Report on vaccination in Madras 1895-1903 - 1895-1903
Year: 1895
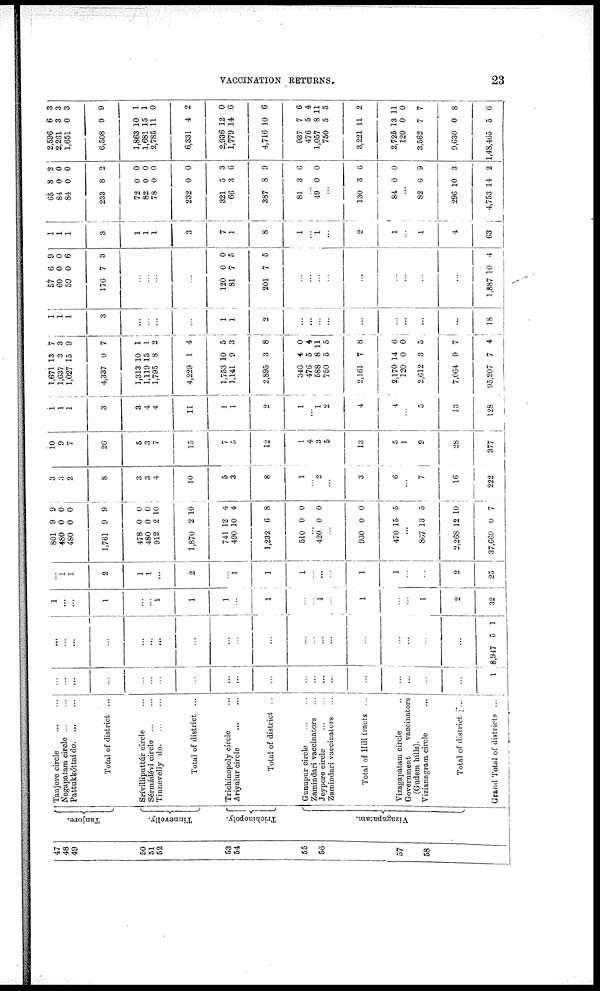
VACCINATION RETURNS.
23
47
48
49
50
51
52
53
54
55
56
57
58
Tanjore.
Tinnevelly.
Trichinopoly.
Vizagapatam.
Tanjore circle
...
...
Negapatam circle ... ...
Pattukkóttai d
o
. ... ...
Total of district ...
Srívilliputtúr circle ...
Sérmádévi circle ... ...
Tinnevelly d
o
. ... ...
Total of district ...
Trichinopoly circle ... ...
Ariyalur circle
...
...
Total of district ...
Gunupur circle
...
...
Zamindari vaccinators ...
Jeypore circle
...
...
Zamindari vaccinators ...
Total of Hill tracts ...
Vizagapatam circle ...
Government
vaccinators
(Gudem hills).
Vizianagram circle ...
Total of district ...
Grand Total of districts
...
...
...
...
...
...
...
...
...
...
...
...
...
...
...
...
...
...
...
...
...
1
...
...
...
...
...
...
...
...
...
...
...
...
...
...
...
...
...
...
...
...
8,947 5 1
1
...
...
1
...
...
1
1
1
...
1
...
...
1
...
1
...
...
1
2
32
...
1 1
2
1
1
...
2
...
1
1
1
...
...
...
1
1
...
...
2
25
801
480
480
1,761
478
480
912
1,870
741
490
1,232
510
9
0
0
9
0
0
2
2
12
10
6
0
9
0
0
9
0
0
10
10
4
4
8
0
...
420 0 0
...
930
470
0
15
0
5
...
867
2,268
37,669
13
12
0
5
10
7
3
3
2
8
3
3
4
10
5
3
8
1
...
2
...
3
6
...
7
16
222
10
9
7
26
5
3
7
15
7
5
12
1
4
3
5
13
5
1
9
28
377
1
1
1
3
3
4
4
11
1
1
2
1
...
1
2
4
4
...
5
13
128
1,671
1,637
1,027
4,337
1,313
1,119
1,795
4,229
1,753
1,141
2,895
346
476
588
750
2,161
2,170
120
2,612
7,064
95,207
13
3
15
0
10
15
8
1
10
9
3
4
5
8
5
7
14
0
3
9
7
7
3
9
7
1
1
2
4
5
3
8
0
4
11
5
8
6
0
5
7
4
1
1
1
3
...
...
...
...
1
1
2
...
...
...
...
...
...
...
...
...
18
57 60
59
176
6
0
0
7
9
0
6
3
...
...
...
...
120
81
201
0
7
7
0
5
5
...
...
...
...
...
...
...
...
...
1,887 10 4
1
1
1
3
1
1
1
3
7
1
8
1
...
1
...
2
1
...
1
4
63
65
84
84
233
72
82
78
232
321
66
387
81
8
0
0
8
0
0
0
0
5
3
8
3
2
0
0
2
0
0
0
0
3
6
9
6
...
49 0 0
...
130
84
3
0
6
0
...
82
296
4,753
6
10
14
9
3
2
2,596
2,261
1,651
6,508
1,863
1,681
2,785
6,331
2,936
1,779
4,716
937
476
1,057
750
3,221
2,725
120
3,562
9,630
1,48,465
6
3
0
9
10
15
11
4
12
14
10
7
5
8
5
11
13
0
7
0
5
3
3
3
9
1
1
0
2
0
6
6
6
4
11
5
2
11
0
7
8
6